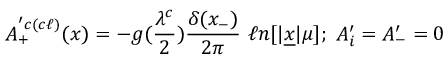
A _ { + } ^ { ^ \prime c ( c \ell ) } ( x ) = - g ( { \frac { \lambda ^ { c } } { 2 } } ) { \frac { \delta ( x _ { - } ) } { 2 \pi } } \ \ell n [ \vert \underline { { { x } } } \vert \mu ] ; \ A _ { i } ^ { \prime } = A _ { - } ^ { \prime } = 0